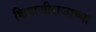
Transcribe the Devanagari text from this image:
शिवाजीराजाच्या